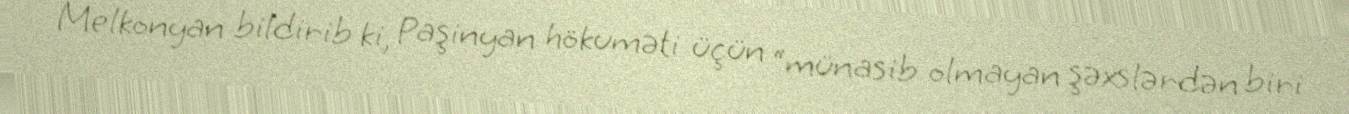
Melkonyan bildirib ki, Paşinyan hökuməti üçün “münasib olmayan şəxslərdən biri